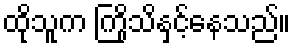
ထိုသူက ကြိုသိနှင့်နေသည်။